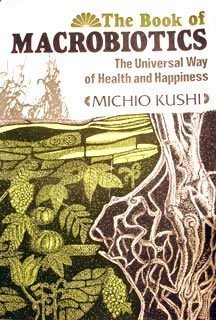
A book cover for The Book of Macrobiotics; Michio Kushi; Health, Fitness & Dieting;